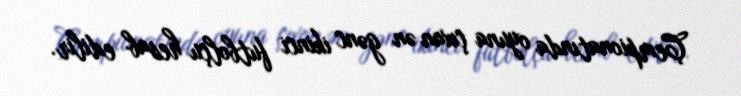
Çempionatında oyuna çıxan ən gənc ikinci futbolçu hesab edilir.